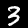
Label: 3